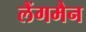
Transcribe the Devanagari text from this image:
लैंगमैन